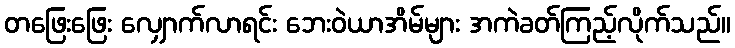
တဖြေးဖြေး လျှောက်လာရင်း ဘေးဝဲယာအိမ်များ အကဲခတ်ကြည့်လိုက်သည်။